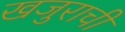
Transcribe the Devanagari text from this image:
खजुराची